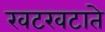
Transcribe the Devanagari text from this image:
खटखटाते